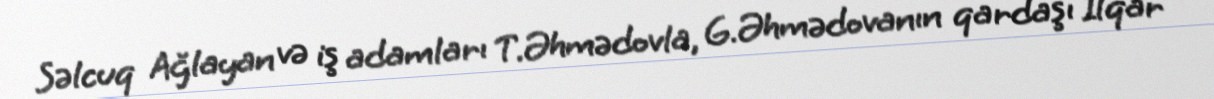
Səlcuq Ağlayan və iş adamları T.Əhmədovla, G.Əhmədovanın qardaşı İlqar